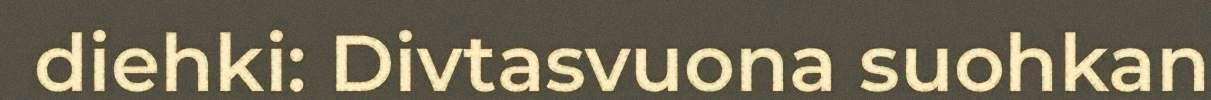
diehki: Divtasvuona suohkan